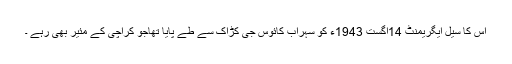
اس کا سیل ایگریمنٹ 14اگست 1943ء کو سہراب کائوس جی کڑاک سے طے پایا تھاجو کراچی کے مئیر بھی رہے ۔